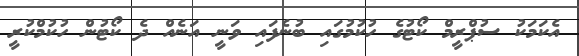
އެކަމަކު ސުޕްރީމް ކޯޓުގެ ހުކުމުގައި ބުނެފައި ވަނީ އަނެއް ދެ ކޯޓުން ހުކުމްކުރީ